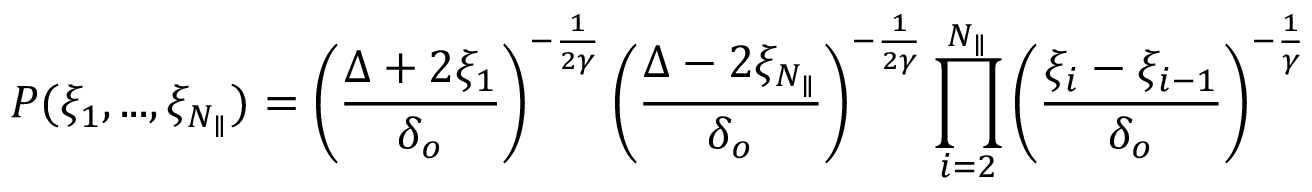
P ( \xi _ { 1 } , . . . , \xi _ { N _ { \parallel } } ) = \left( \frac { \Delta + 2 \xi _ { 1 } } { \delta _ { o } } \right) ^ { - \frac { 1 } { 2 \gamma } } \left( \frac { \Delta - 2 \xi _ { N _ { \parallel } } } { \delta _ { o } } \right) ^ { - \frac { 1 } { 2 \gamma } } \prod _ { i = 2 } ^ { N _ { \parallel } } \left( \frac { \xi _ { i } - \xi _ { i - 1 } } { \delta _ { o } } \right) ^ { - \frac { 1 } { \gamma } }